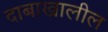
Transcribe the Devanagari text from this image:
दाबाखालील